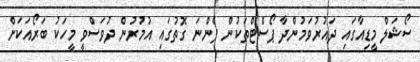
ސޯޝަލް މީޑިއާގައި ދައުރުވަމުންދާ ޕޯސްޓްތަކުން ފެންނަ ގޮތުގައި އުމުރުން ދުވަސްވީ މީހަކު ބަރޯއަކަށް